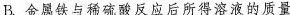
B.金属铁与稀硫酸反应后所得溶液的质量